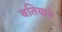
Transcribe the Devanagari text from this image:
बतियाते